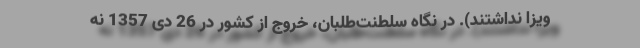
ویزا نداشتند). در نگاه سلطنت‌طلبان، خروج از کشور در 26 دی 1357 نه